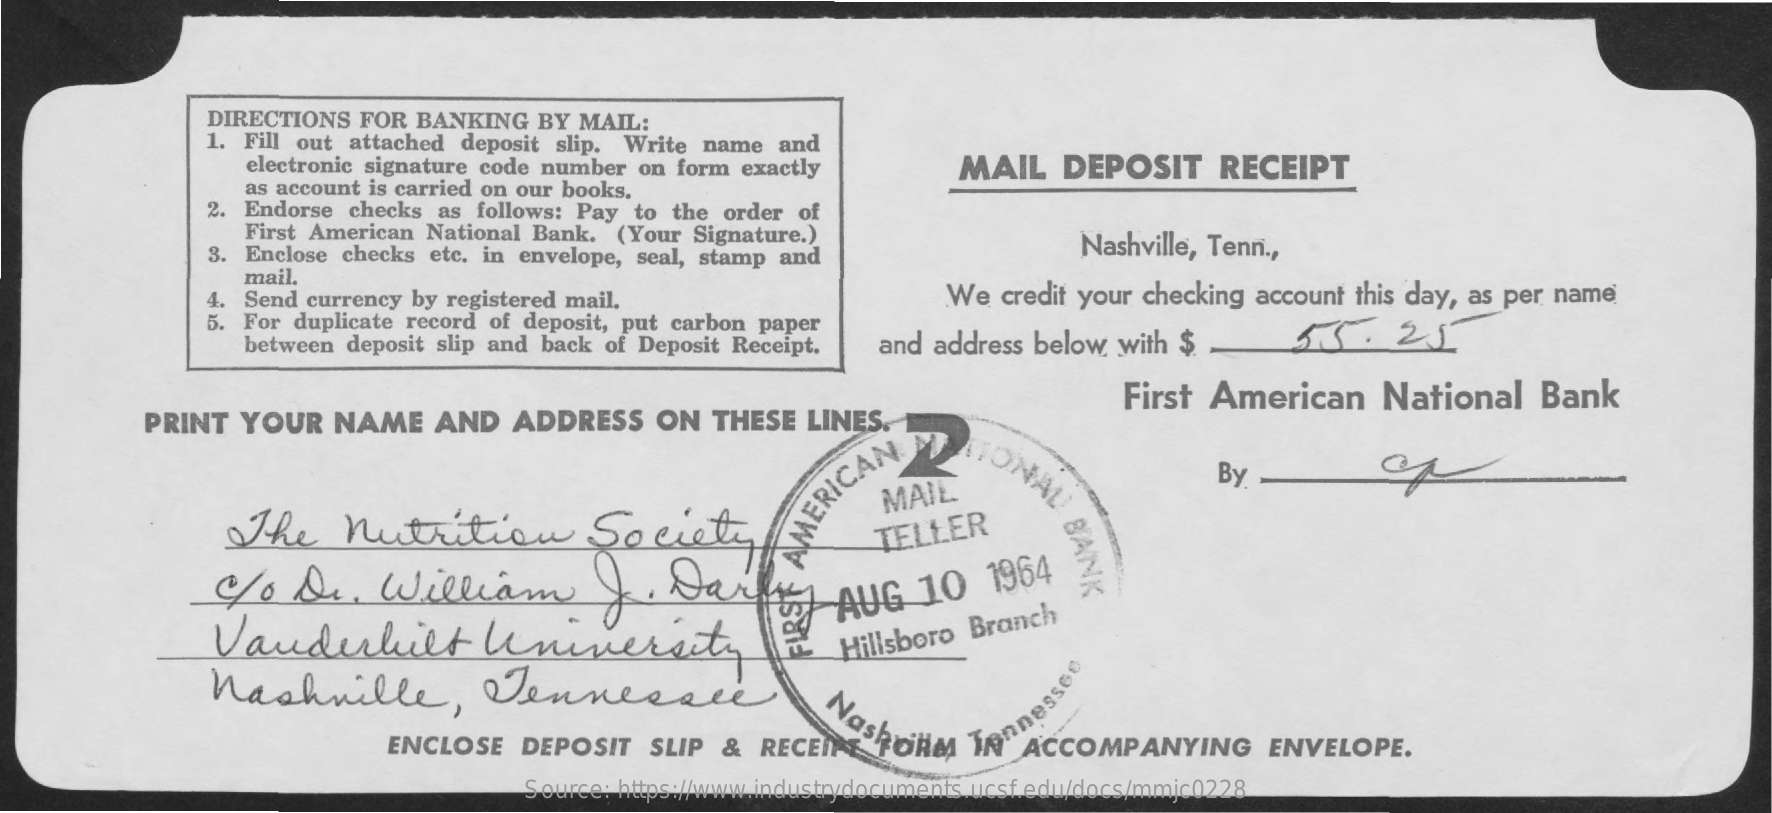
DIRECTIONS FOR BANKING BY MAIL:
     1. Fill out attached deposit slip. Write name and
     electronic signature code number on form exactly MAIL DEPOSIT RECEIPT
     as account is carried on our books.
     2. Endorse checks as follows: Pay to the order of
     First American National Bank. (Your Signature.)
     3. Enclose checks etc. in envelope, seal, stamp and
     Nashville, Tenn .,
     mail.
     4. Send currency by registered mail.    We credit your checking account this day, as per name
     For duplicate record of deposit, put carbon paper
     between deposit slip and back of Deposit Receipt. and address below with $ 55. 25
     First American National Bank
     PRINT YOUR NAME AND ADDRESS ON THESE LINES.
     NA    By
     The  Nutrition    Society
     MAIL
     BANK
     To  Dr. William    F. Dark
     AMERICAN
     TELLER
     Vanderbilt    University
     AUG  10 1964
     Nashville,    Tennessee
     Hillsboro Branch
     Naskole Tennessee
     ENCLOSE DEPOSIT SLIP & RECEIPE   ACCOMPANYING ENVELOPE.
     Source: https://www.industrydocuments.ucsf.edu/docs/mmjc0228